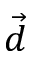
\vec { d }